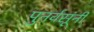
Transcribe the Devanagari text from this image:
पुनर्वसूंनी